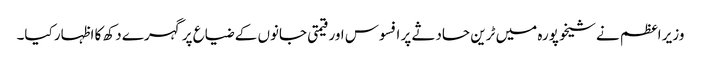
وزیر اعظم نے شیخوپورہ میں ٹرین حادثے پر افسوس اور قیمتی جانوں کے ضیاع پر گہرے دکھ کا اظہار کیا۔